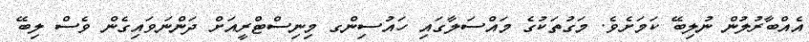
އެއްބާރުލުން ނުލިބޭ ކަމަށެވެ. މަގުތަކުގެ މައްސަލާގައި ހައުސިންގ މިނިސްޓްރީއަށް ދަންނަވައިގެން ވެސް ލިބޭ